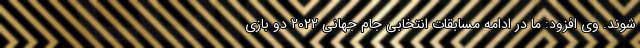
شوند. وی افزود: ما در ادامه مسابقات انتخابی جام جهانی 2022 دو بازی